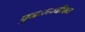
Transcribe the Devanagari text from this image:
पुनःरूज्जीवन